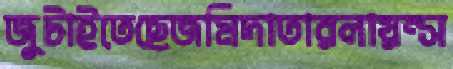
জুটাইতেছেজমিদাতারলায়ন্স